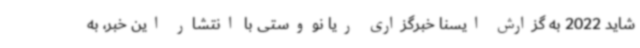
شاید 2022 به گزارش ایسنا خبرگزاری ریا نووستی با انتشار این خبر، به